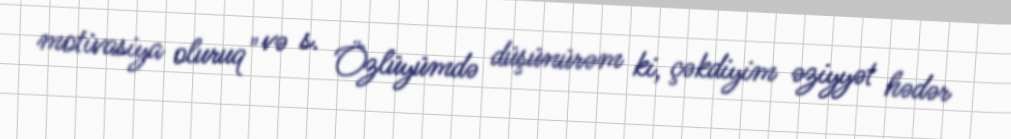
motivasiya oluruq" və s. Özlüyümdə düşünürəm ki, çəkdiyim əziyyət hədər